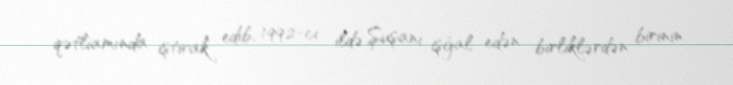
qətliamında iştirak edib, 1992-ci ildə Şuşanı işğal edən birliklərdən birinin